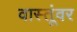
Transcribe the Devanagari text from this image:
वास्तूंवर